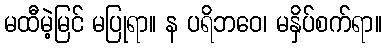
မထီမဲ့မြင် မပြုရာ။ န ပရိဘဝေ၊ မနှိပ်စက်ရာ။